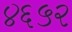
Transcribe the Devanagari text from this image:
४६५२